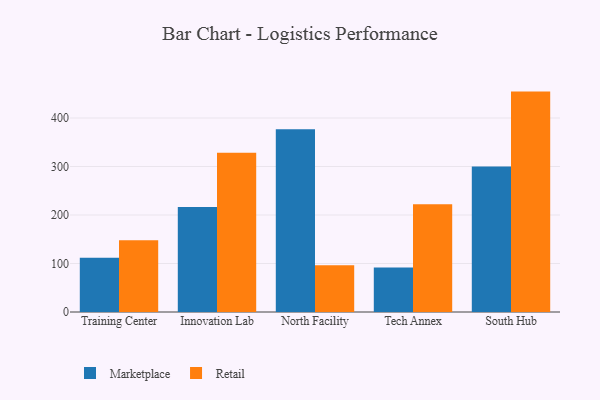
{"axis": {"x": "Campus", "y": "Website Visitors"}, "legend": ["Marketplace", "Retail"], "data": [{"x": "Training Center", "y": 111.9, "type": "Marketplace"}, {"x": "Training Center", "y": 148.1, "type": "Retail"}, {"x": "Innovation Lab", "y": 216.6, "type": "Marketplace"}, {"x": "Innovation Lab", "y": 328.3, "type": "Retail"}, {"x": "North Facility", "y": 376.7, "type": "Marketplace"}, {"x": "North Facility", "y": 96.3, "type": "Retail"}, {"x": "Tech Annex", "y": 91.5, "type": "Marketplace"}, {"x": "Tech Annex", "y": 221.9, "type": "Retail"}, {"x": "South Hub", "y": 300.1, "type": "Marketplace"}, {"x": "South Hub", "y": 454.4, "type": "Retail"}]}